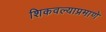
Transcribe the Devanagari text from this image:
शिकवल्याप्रमाणे